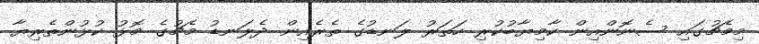
މިމެޗުގައި ސެނޮންއިން ކާމިޔާބުކުރި ހަތަރު ލަނޑުގެ ތެރެއިން ދެލަނޑު މެޗުގެ މޮޅު ކުޅުންތެރިޔާ